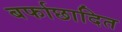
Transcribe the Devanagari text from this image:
बर्फाछादित